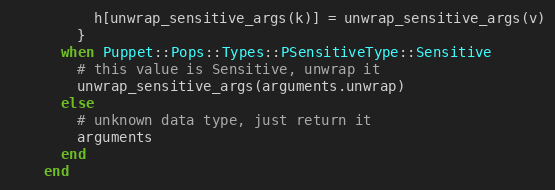
Language: Ruby
          h[unwrap_sensitive_args(k)] = unwrap_sensitive_args(v)
        }
      when Puppet::Pops::Types::PSensitiveType::Sensitive
        # this value is Sensitive, unwrap it
        unwrap_sensitive_args(arguments.unwrap)
      else
        # unknown data type, just return it
        arguments
      end
    end